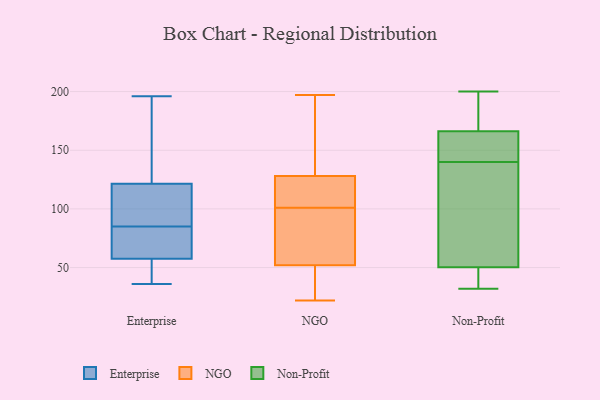
{"axis": {"x": "Net Income (USD K)", "y": "Value"}, "legend": ["Enterprise", "NGO", "Non-Profit"], "data": [{"x": "", "y": 36, "type": "Enterprise"}, {"x": "", "y": 85, "type": "Enterprise"}, {"x": "", "y": 90, "type": "Enterprise"}, {"x": "", "y": 85, "type": "Enterprise"}, {"x": "", "y": 57, "type": "Enterprise"}, {"x": "", "y": 93, "type": "Enterprise"}, {"x": "", "y": 196, "type": "Enterprise"}, {"x": "", "y": 59, "type": "Enterprise"}, {"x": "", "y": 50, "type": "Enterprise"}, {"x": "", "y": 132, "type": "Enterprise"}, {"x": "", "y": 131, "type": "Enterprise"}, {"x": "", "y": 89, "type": "NGO"}, {"x": "", "y": 184, "type": "NGO"}, {"x": "", "y": 125, "type": "NGO"}, {"x": "", "y": 23, "type": "NGO"}, {"x": "", "y": 123, "type": "NGO"}, {"x": "", "y": 116, "type": "NGO"}, {"x": "", "y": 56, "type": "NGO"}, {"x": "", "y": 22, "type": "NGO"}, {"x": "", "y": 48, "type": "NGO"}, {"x": "", "y": 197, "type": "NGO"}, {"x": "", "y": 70, "type": "NGO"}, {"x": "", "y": 35, "type": "NGO"}, {"x": "", "y": 57, "type": "NGO"}, {"x": "", "y": 135, "type": "NGO"}, {"x": "", "y": 131, "type": "NGO"}, {"x": "", "y": 113, "type": "NGO"}, {"x": "", "y": 32, "type": "Non-Profit"}, {"x": "", "y": 164, "type": "Non-Profit"}, {"x": "", "y": 37, "type": "Non-Profit"}, {"x": "", "y": 175, "type": "Non-Profit"}, {"x": "", "y": 40, "type": "Non-Profit"}, {"x": "", "y": 84, "type": "Non-Profit"}, {"x": "", "y": 167, "type": "Non-Profit"}, {"x": "", "y": 81, "type": "Non-Profit"}, {"x": "", "y": 140, "type": "Non-Profit"}, {"x": "", "y": 143, "type": "Non-Profit"}, {"x": "", "y": 200, "type": "Non-Profit"}]}